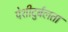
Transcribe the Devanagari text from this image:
पेशीदुर्बलता